Vaccination returns of the Province of Eastern Bengal and Assam - 1905-1912
Year: 1905
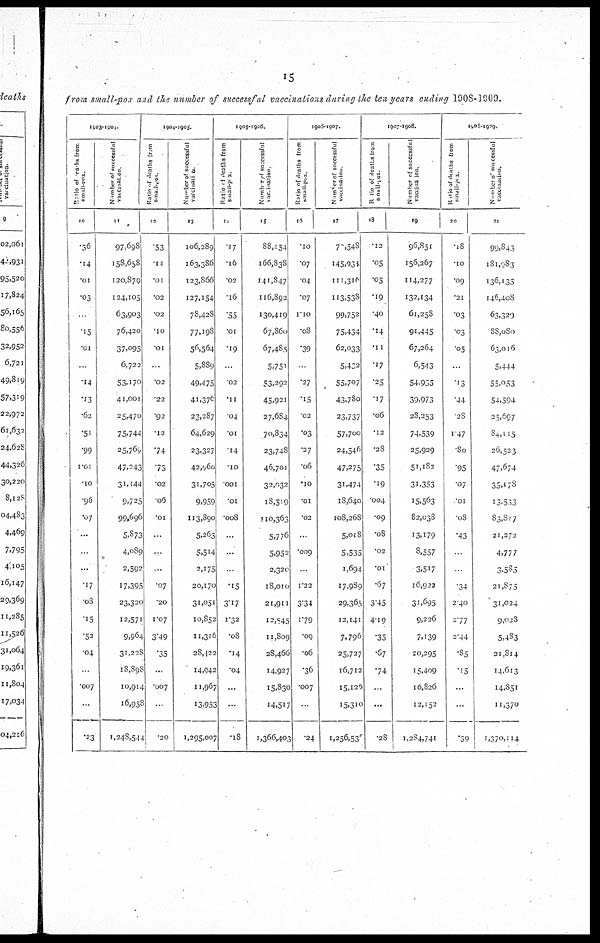
15
from small-pox and the number of successful vaccinations during the ten years ending 1908-1909.
1903-1904.
Ratio of deaths from
small-pox.
10
.36
.14
.01
.03
...
.15
.01
...
.14
.13
.62
.51
.99
1.01
.10
.96
.07
...
...
...
.17
.08
.15
.52
.04
...
.007
...
.23
Number of successful
vaccination.
11
97,698
158,658
120,879
124,105
63,903
76,420
37,095
6,722
53,170
41,001
25,470
75,744
25,769
47,243
31,444
9,725
99,696
5,873
4,089
2,592
17,395
23,320
12,571
9,964
31,228
18,898
10,914
16,958
1,248,544
1904-1905.
Ratio of deaths from
small-pox.
12
.53
.11
.01
.02
.02
.10
.01
...
.02
.22
.92
.12
.74
.73
.02
.06
.01
...
...
...
.07
.20
1.07
3.49
.35
...
.007
...
.20
Number of successful
vaccination.
13
106,289
163,386
123,866
127,154
78,428
77,198
56,564
5,889
49,475
41,376
23,287
64,629
23,327
42,960
31,705
9,959
113,890
5,263
5,514
2,175
20,170
31,051
10,852
11,316
28,122
14,942
11,967
13,953
1,295,007
1905-1906.
Ratio of deaths from
small-pox.
14
.17
.16
.02
.16
.55
.01
.19
...
.02
.11
.04
.01
.14
.10
.001
.01
.008
...
...
...
.15
3.17
1.32
.08
.14
.04
...
...
.18
Number of successful
vaccination.
15
88,154
166,838
141,847
116,892
130,419
67,860
67,485
5,751
53,292
45,921
27,684
70,834
23,748
46,701
32,032
18,519
110,363
5,776
5,952
2,320
18,010
21,911
12,545
11,809
28,466
14,927
15,830
14,517
1,366,403
1906-1907.
Ratio of deaths from
small-pox.
16
.10
.07
.04
.07
1.10
.08
.39
...
.27
.15
.02
.03
.27
.06
.10
.01
.02
...
.009
...
1.22
3.34
1.79
.09
.06
.36
.007
...
.24
Number of successful
vaccination.
17
70,548
145,934
111,310
113,538
99,752
75,434
62,033
5,402
55,707
43,780
23,737
57,700
24,546
47,275
31,474
18,640
108,268
5,018
5,535
1,694
17,989
29,365
12,141
7,796
25,727
16,712
15,126
15,310
1,256,536
1907-1908.
Ratio of deaths from
small-pox.
18
.12
.05
.05
.19
.40
.14
.11
.17
.25
.17
.06
.12
.28
.35
.19
.004
.09
.08
.02
.01
.67
3.45
4.19
.35
.67
.74
...
...
.28
Number of successful
vaccination.
19
96,851
156,267
114,277
132,134
61,258
91,445
67,264
6,543
54,955
39,973
28,253
74,539
25,929
51,182
31,353
15,563
82,038
13,179
8,557
3,517
16,922
31,695
9,226
7,139
20,295
15,409
10,826
12,152
1,284,741
1908-1909.
Ratio of deaths from
small-pox.
20
.18
.10
.09
.21
.03
.03
.05
...
.13
.44
.28
147
.80
.95
.07
.01
.08
.43
...
...
.34
2.40
2.77
2.44
.85
.15
...
...
.39
Number of successful
vaccination.
21
99.843
181,983
136,135
l46,408
63,320
88,080
63,016
5,444
55,053
54,594
25,697
84,115
26,523
47,674
35,178
13,533
83,817
21,272
4,777
3,585
21,875
31,024
9,028
5,483
21,814
14,613
14,851
11,370
1,370,114